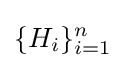
\{H_{i}\}_{i=1}^{n}